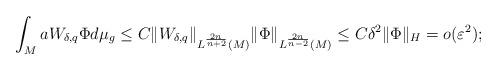
LaTeX: \begin{align*}\int_{M}aW_{\delta,q}\Phi d\mu_{g}\le C\|W_{\delta,q}\|_{L^{\frac{2n}{n+2}}(M)}\|\Phi\|_{L^{\frac{2n}{n-2}}(M)}\le C\delta^{2}\|\Phi\|_{H}=o(\varepsilon^{2});\end{align*}